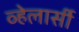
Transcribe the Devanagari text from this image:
व्हेलार्सी